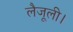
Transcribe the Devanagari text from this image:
लैजूली।